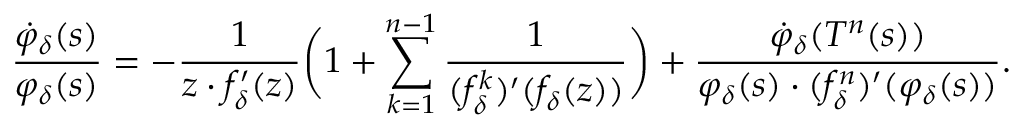
\frac { \dot { \varphi } _ { \delta } ( s ) } { \varphi _ { \delta } ( s ) } = - \frac { 1 } { z \cdot f _ { \delta } ^ { \prime } ( z ) } \bigg ( 1 + \sum _ { k = 1 } ^ { n - 1 } \frac { 1 } { ( f _ { \delta } ^ { k } ) ^ { \prime } ( f _ { \delta } ( z ) ) } \bigg ) + \frac { \dot { \varphi } _ { \delta } ( T ^ { n } ( s ) ) } { \varphi _ { \delta } ( s ) \cdot ( f _ { \delta } ^ { n } ) ^ { \prime } ( \varphi _ { \delta } ( s ) ) } .